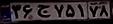
۳۶ج۷۵۱۷۸